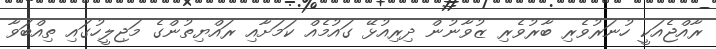
ރާއްޖެއަކީ ހުނަރުވެރި ބާރުވެރި ޒުވާނުން ދިރިއުޅޭ ގައުމެއް ކަަމަށާއި ރައްޔިތުންގެ މަޖިލީހުގައި ތިއްބަވާ